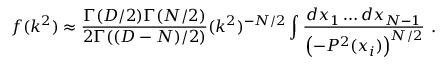
f ( k ^ { 2 } ) \approx \frac { \Gamma ( D / 2 ) \Gamma ( N / 2 ) } { 2 \Gamma ( ( D - N ) / 2 ) } ( k ^ { 2 } ) ^ { - N / 2 } \int \frac { d x _ { 1 } \ldots d x _ { N - 1 } } { \left( - P ^ { 2 } ( x _ { i } ) \right) ^ { N / 2 } } \ .